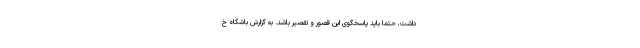
داشت، حتماً باید پاسخگوی این قصور و تقصیر باشد. به گزارش باشگاه خ